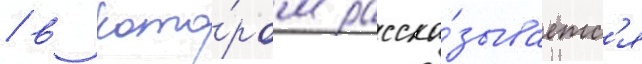
/ в кото́ром расска́зываетс'я